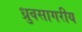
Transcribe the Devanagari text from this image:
ध्रुवसागरीय